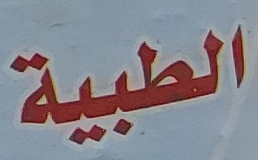
الطبية